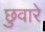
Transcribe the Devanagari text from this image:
छुवारे